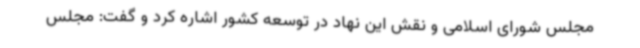
مجلس شورای اسلامی و نقش این نهاد در توسعه کشور اشاره کرد و گفت: مجلس